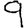
Digit: 9